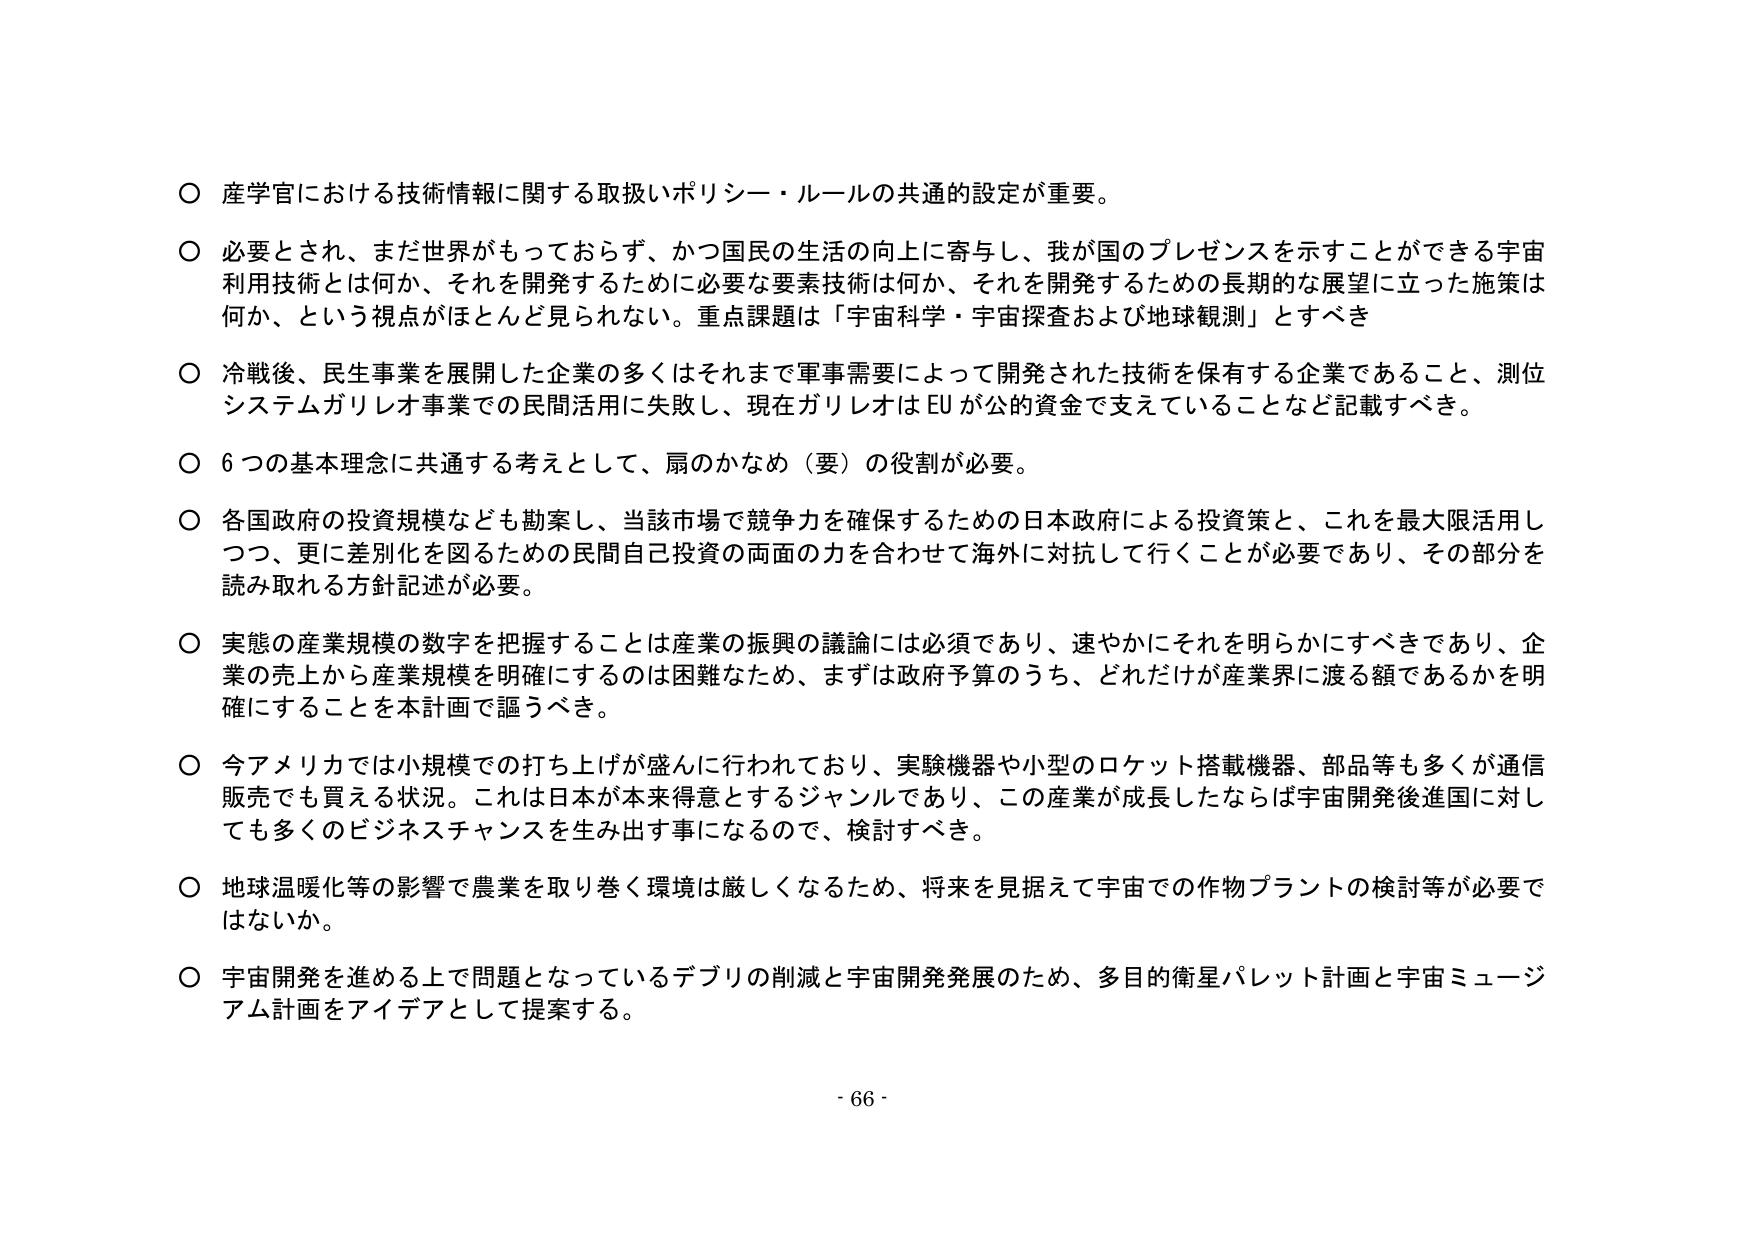
○ 産学官における技術情報に関する取扱いポリシー・ルールの共通的設定が重要。

○ 必要とされ、まだ世界がもっておらず、かつ国民の生活の向上に寄与し、我が国のプレゼンスを示すことができる宇宙利用技術とは何か、それを開発するために必要な要素技術は何か、それを開発するための長期的な展望に立った施策は何か、という視点がほとんど見られない。重点課題は「宇宙科学・宇宙探査および地球観測」とすべき

○ 冷戦後、民生事業を展開した企業の多くはそれまで軍事需要によって開発された技術を保有する企業であること、測位システムガリレオ事業での民間活用に失敗し、現在ガリレオはEUが公的資金で支えていることなど記載すべき。

○ 6つの基本理念に共通する考えとして、扇のかなめ（要）の役割が必要。

○ 各国政府の投資規模なども勘案し、当該市場で競争力を確保するための日本政府による投資策と、これを最大限活用しつつ、更に差別化を図るための民間自己投資の両面の力を合わせて海外に対抗して行くことが必要であり、その部分を読み取れる方針記述が必要。

○ 実態の産業規模の数字を把握することは産業の振興の議論には必須であり、速やかにそれを明らかにすべきであり、企業の売上から産業規模を明確にするのは困難なため、まずは政府予算のうち、どれだけが産業界に渡る額であるかを明確にすることを本計画で謳うべき。

○ 今アメリカでは小規模での打ち上げが盛んに行われており、実験機器や小型のロケット搭載機器、部品等も多くが通信販売でも買える状況。これは日本が本来得意とするジャンルであり、この産業が成長したならば宇宙開発後進国に対しても多くのビジネスチャンスを生み出す事になるので、検討すべき。

○ 地球温暖化等の影響で農業を取り巻く環境は厳しくなるため、将来を見据えて宇宙での作物プラントの検討等が必要ではないか。

○ 宇宙開発を進める上で問題となっているデブリの削減と宇宙開発発展のため、多目的衛星パレット計画と宇宙ミュージアム計画をアイデアとして提案する。

- 66 -